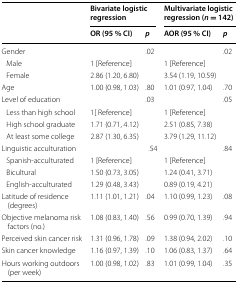
<table><thead><tr><td rowspan="2"></td><td colspan="2"><b>Bivariate logistic regression</b></td><td colspan="2"><b>Multivariate logistic regression (<i>n</i> = 142)</b></td></tr><tr><td><b>OR (95 % CI)</b></td><td><b><i>p</i></b></td><td><b>AOR (95 % CI)</b></td><td><b><i>p</i></b></td></tr></thead><tbody><tr><td>Gender</td><td></td><td>.02</td><td></td><td>.02</td></tr><tr><td> Male</td><td>1 [Reference]</td><td></td><td>1 [Reference]</td><td></td></tr><tr><td> Female</td><td>2.86 (1.20, 6.80)</td><td></td><td>3.54 (1.19, 10.59)</td><td></td></tr><tr><td>Age</td><td>1.00 (0.98, 1.03)</td><td>.80</td><td>1.01 (0.97, 1.04)</td><td>.70</td></tr><tr><td>Level of education</td><td></td><td>.03</td><td></td><td>.05</td></tr><tr><td> Less than high school</td><td>1[ Reference]</td><td></td><td>1 [Reference]</td><td></td></tr><tr><td> High school graduate</td><td>1.71 (0.71, 4.12)</td><td></td><td>2.51 (0.85, 7.38)</td><td></td></tr><tr><td> At least some college</td><td>2.87 (1.30, 6.35)</td><td></td><td>3.79 (1.29, 11.12)</td><td></td></tr><tr><td>Linguistic acculturation</td><td></td><td>.54</td><td></td><td>.84</td></tr><tr><td> Spanish-acculturated</td><td>1 [Reference]</td><td></td><td>1 [Reference]</td><td></td></tr><tr><td> Bicultural</td><td>1.50 (0.73, 3.05)</td><td></td><td>1.24 (0.41, 3.71)</td><td></td></tr><tr><td> English-acculturated</td><td>1.29 (0.48, 3.43)</td><td></td><td>0.89 (0.19, 4.21)</td><td></td></tr><tr><td>Latitude of residence (degrees)</td><td>1.11 (1.01, 1.21)</td><td>.04</td><td>1.10 (0.99, 1.23)</td><td>.08</td></tr><tr><td>Objective melanoma risk factors (no.)</td><td>1.08 (0.83, 1.40)</td><td>.56</td><td>0.99 (0.70, 1.39)</td><td>.94</td></tr><tr><td>Perceived skin cancer risk</td><td>1.31 (0.96, 1.78)</td><td>.09</td><td>1.38 (0.94, 2.02)</td><td>.10</td></tr><tr><td>Skin cancer knowledge</td><td>1.16 (0.97, 1.39)</td><td>.10</td><td>1.06 (0.83, 1.37)</td><td>.64</td></tr><tr><td>Hours working outdoors (per week)</td><td>1.00 (0.98, 1.02)</td><td>.83</td><td>1.01 (0.99, 1.04)</td><td>.35</td></tr></tbody></table>